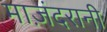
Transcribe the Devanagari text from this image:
माज़ंदरानी